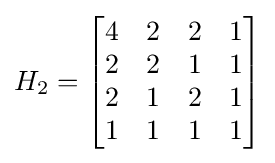
H_{2}={\begin{bmatrix}4&2&2&1\\2&2&1&1\\2&1&2&1\\1&1&1&1\end{bmatrix}}